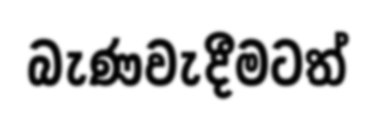
බැණවැදීමටත්